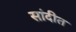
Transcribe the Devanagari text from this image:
सांदीत